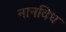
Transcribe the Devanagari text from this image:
नानविध